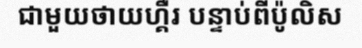
ជាមួយថាយហ្គឺរ បន្ទាប់ពីប៉ូលិស